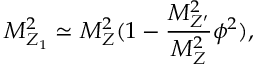
M _ { Z _ { 1 } } ^ { 2 } \simeq M _ { Z } ^ { 2 } ( 1 - \frac { M _ { Z ^ { \prime } } ^ { 2 } } { M _ { Z } ^ { 2 } } \phi ^ { 2 } ) , \qquad